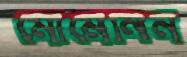
মোমেনিন